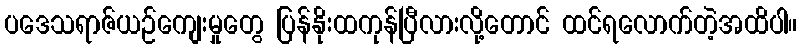
ပဒေသရာဇ်ယဉ်ကျေးမှုတွေ ပြန်နိုးထကုန်ပြီလားလို့တောင် ထင်ရလောက်တဲ့အထိပါ။